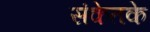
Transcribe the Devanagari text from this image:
संकेतके